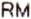
RM